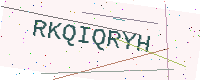
Text: RKQIQRYH